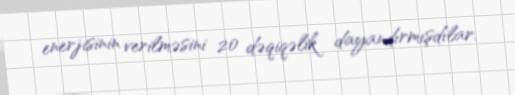
enerjisinin verilməsini 20 dəqiqəlik dayandırmışdılar.